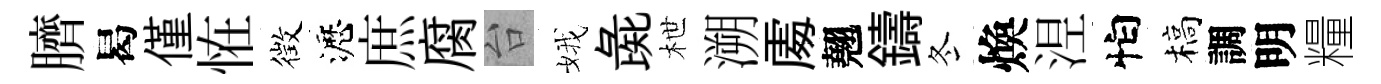
臍曷僅恠徴瀝庶腐台娥彘枻溯𠁅翹鑄冬煥𣵀怕槁調明糧